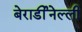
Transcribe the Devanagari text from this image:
बेरार्डीनेल्ली